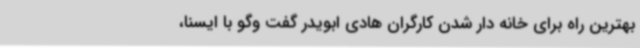
بهترین راه برای خانه دار شدن کارگران هادی ابویدر گفت وگو با ایسنا،